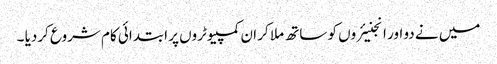
میں نے دو اور انجنیئروں کو ساتھ ملا کر ان کمپیوٹروں پر ابتدائی کام شروع کردیا ۔